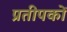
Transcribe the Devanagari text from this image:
प्रतीपकों